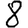
Digit: 8